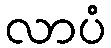
လာပံ